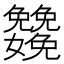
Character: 𡤳